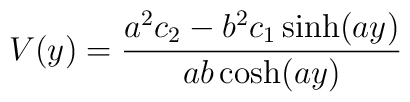
V(y)={a^2c_2-b^2c_1\sinh(ay)\over ab\cosh(ay)}